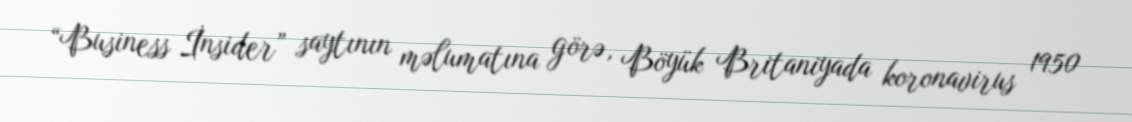
“Business İnsider” saytının məlumatına görə, Böyük Britaniyada koronavirus 1950